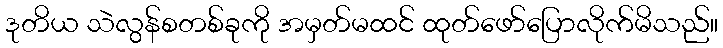
ဒုတိယ သဲလွန်စတစ်ခုကို အမှတ်မထင် ထုတ်ဖော်ပြောလိုက်မိသည်။